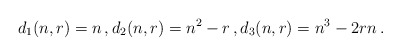
\begin{align*} d_1(n,r)= n \,, d_{2}(n,r)= n^2-r \,, d_3(n,r)= n^3 -2rn \,.\end{align*}